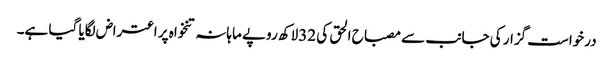
درخواست گزار کی جانب سے مصباح الحق کی 32لاکھ روپے ماہانہ تنخواہ پر اعتراض لگایا گیا ہے۔